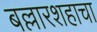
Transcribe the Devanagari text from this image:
बल्लारशहाचा